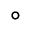
^ { \circ }